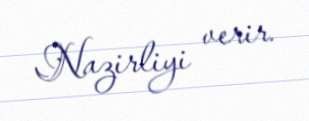
Nazirliyi verir.